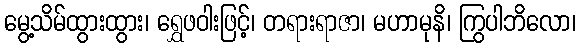
မွေ့သိမ်ထွားထွား၊ ရွှေဖဝါးဖြင့်၊ တရားရာဇာ၊ မဟာမုနိ၊ ကြွပါဘိလော၊